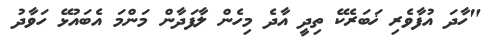
"ހާދަ އުފާވެރި ޚަބަރެކޭ ތިދީ އާދެ މިހެން ލާފަދާން މަންމަ އެބައުޅޭ ހަވާދު